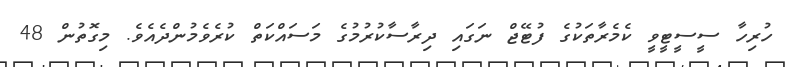
ހުރިހާ ސީސީޓީވީ ކެމެރާތަކުގެ ފުޓޭޖް ނަގައި ދިރާސާކުރުމުގެ މަސައްކަތް ކުރެވެމުންދެއެވެ. މިގޮތުން 48